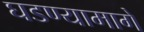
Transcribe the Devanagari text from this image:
घडण्यामागे